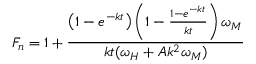
F _ { n } = 1 + \frac { \left( 1 - e ^ { - k t } \right) \left( 1 - \frac { 1 - e ^ { - k t } } { k t } \right) \omega _ { M } } { k t ( \omega _ { H } + A k ^ { 2 } \omega _ { M } ) }